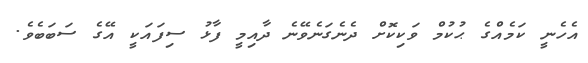
އެހެނީ ކަމެއްގެ ޙުކުމް ވަކިކޮށް ދެނެގަނެވޭނެ ދާއިމީ ފާޅު ސިފައަކީ އޭގެ ސަބަބެވެ.